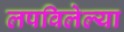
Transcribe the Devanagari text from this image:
लपविलेल्या